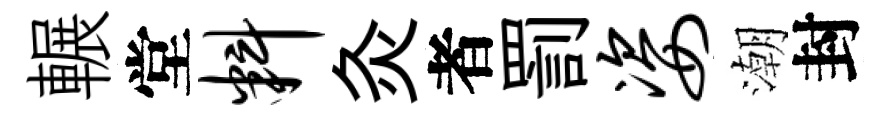
輾堂料灸者罰姿潮封